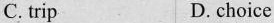
C. trip D. choice